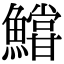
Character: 𩼝